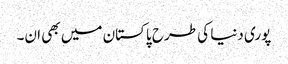
پوری دنیا کی طرح پاکستان میں بھی ان۔